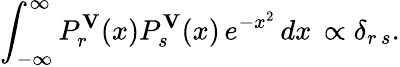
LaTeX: \int_{-\infty}^{\infty}P_{r}^{\mathbf V}(x)P_{s}^{\mathbf V}(x)\, e^{-x^{2}}\, dx\, \propto\delta_{r\, s}.